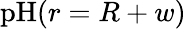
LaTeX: \textrm{pH}(r=R+w)